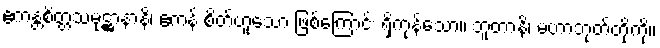
ဧကန္တစိတ္တသမုဋ္ဌာနာနိ၊ ဧကန် စိတ်ဟူသော ဖြစ်ကြောင်း ရှိကုန်သော။ ဘူတာနိ၊ မဟာဘုတ်တို့ကို။